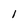
Character: l